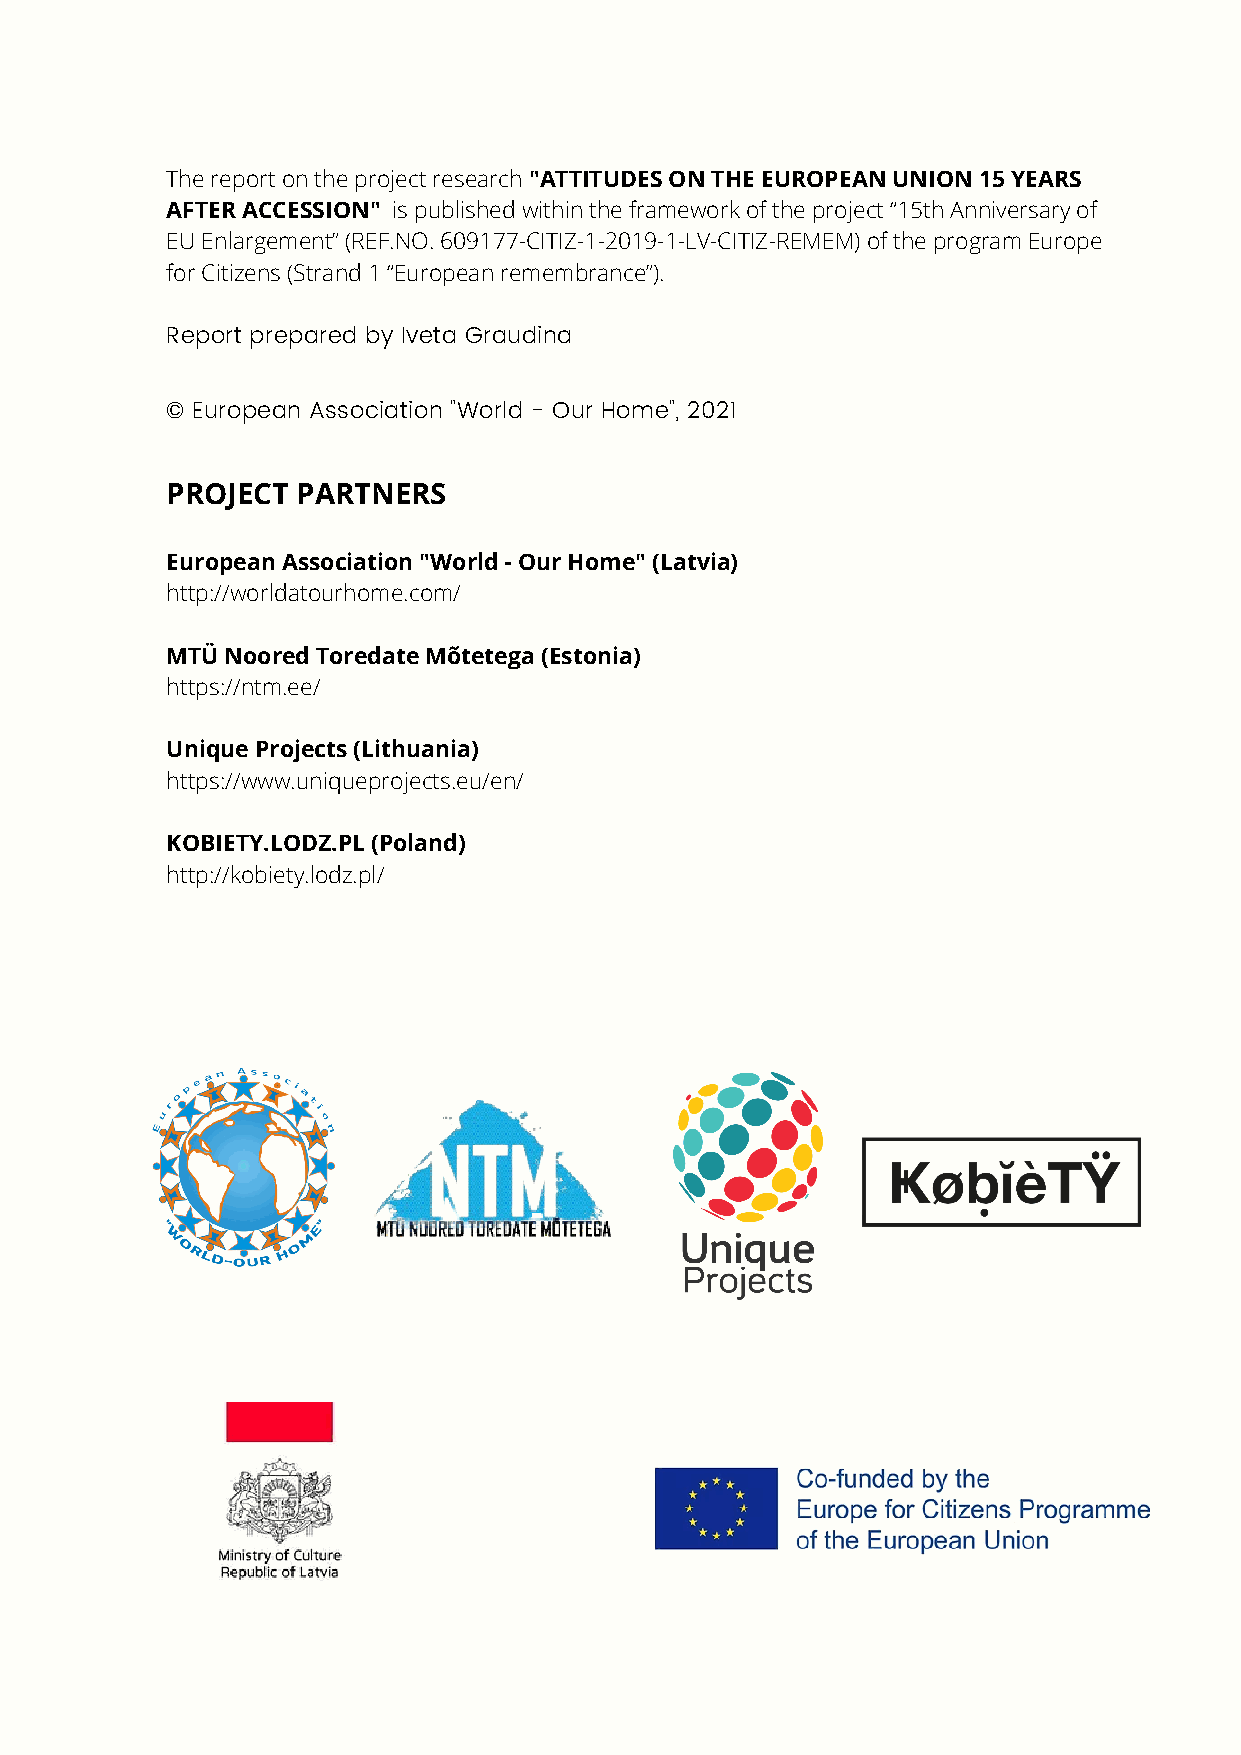
The report on the project research "ATTITUDES ON THE EUROPEAN UNION 15 YEARS
 AFTER ACCESSION" is published within the framework of the project “15th Anniversary of
 EU Enlargement” (REF.NO. 609177-CITIZ-1-2019-1-LV-CITIZ-REMEM) of the program Europe
 for Citizens (Strand 1 “European remembrance”).
 Report prepared by Iveta Graudina
 © European Association "World - Our Home", 2021
 PROJECT  PARTNERS
 European Association "World - Our Home" (Latvia)
 http://worldatourhome.com/
 MTÜ Noored Toredate Mõtetega (Estonia)
 https://ntm.ee/
 Unique Projects (Lithuania)
 https://www.uniqueprojects.eu/en/
 KOBIETY.LODZ.PL (Poland)
 http://kobiety.lodz.pl/
 PARTICIPATING            ORGANIZATIONS